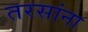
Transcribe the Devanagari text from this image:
तरसांना